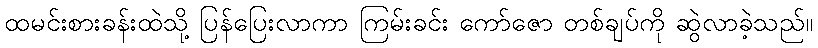
ထမင်းစားခန်းထဲသို့ ပြန်ပြေးလာကာ ကြမ်းခင်း ကော်ဇော တစ်ချပ်ကို ဆွဲလာခဲ့သည်။